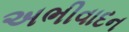
અભીવાદન